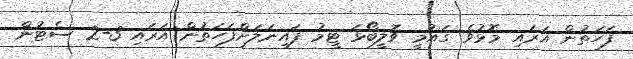
ފަހަތުން އަރައި މޮޅުވެ ގައުމީ ވޮލީބޯޅަ ޓީމު ފައިނަލަށްފަހަތުން އަރައި 3-2 ސެޓުން